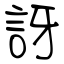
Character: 訝